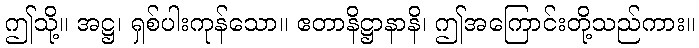
ဤသို့။ အဋ္ဌ၊ ရှစ်ပါးကုန်သော။ ဧတာနိဋ္ဌာနာနိ၊ ဤအကြောင်းတို့သည်ကား။